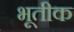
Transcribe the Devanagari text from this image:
भूतीक